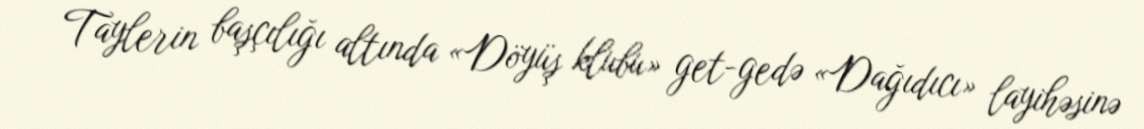
Taylerin başçılığı altında «Döyüş klubu» get-gedə «Dağıdıcı» layihəsinə